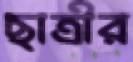
ছাত্রীর